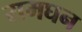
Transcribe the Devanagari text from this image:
रामघन